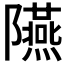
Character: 𨽞